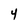
Character: Y